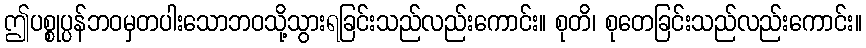
ဤပစ္စုပ္ပန်ဘဝမှတပါးသောဘဝသို့သွားရခြင်းသည်လည်းကောင်း။ စုတိ၊ စုတေခြင်းသည်လည်းကောင်း။